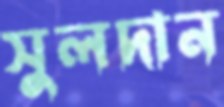
সুলদান